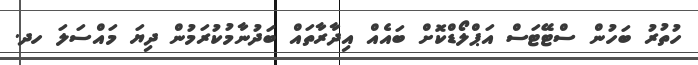
ހުތުރު ބަހުން ސްޓޭޓަސް އަޕްލޯޑްކޮށް ބައެއް އިދާރާތައް ބަދުނާމުކުރަމުން ދިޔަ މައްސަލަ ހދ.